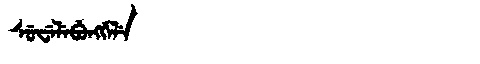
Manchu: ᠰᡠᠸᡝᠯᡝᠪᡠᠩᡤᡝᠯᡝ
Romanization: SUWELEBUNGGELE